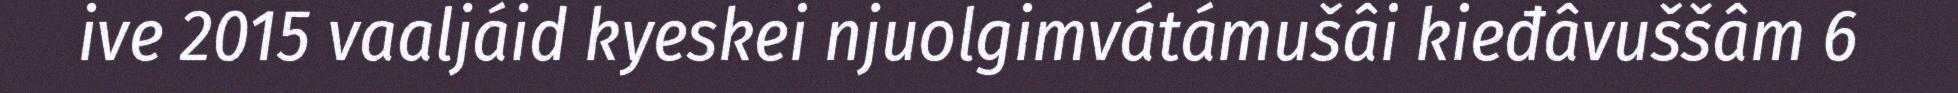
ive 2015 vaaljáid kyeskei njuolgimvátámušâi kieđâvuššâm 6